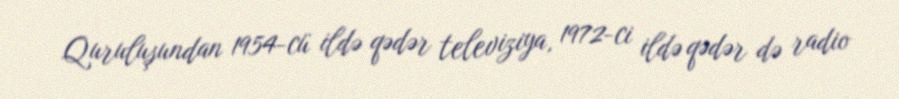
Quruluşundan 1954-cü ildə qədər televiziya, 1972-ci ildə qədər də radio